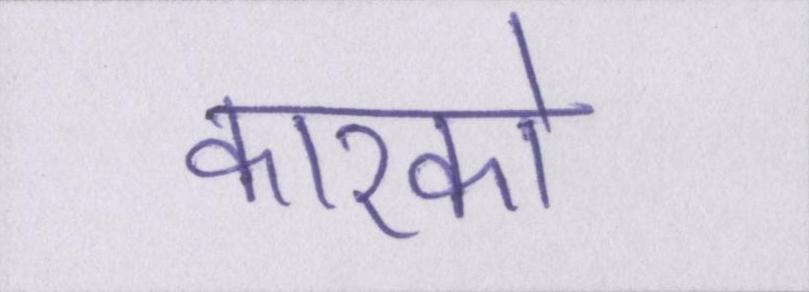
कारको